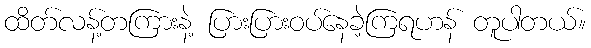
ထိတ်လန့်တကြားနဲ့ ပြားပြားဝပ်နေခဲ့ကြရဟန် တူပါတယ်။